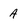
Character: A